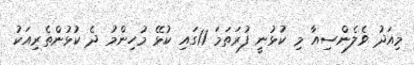
މިއަދު ވެލެންސިއާ މި ކުޅުނީ ފުރަތަމަ 11ގައި ކުޅޭ މުހިންމު ދެ ކުޅުންތެރިއަކު